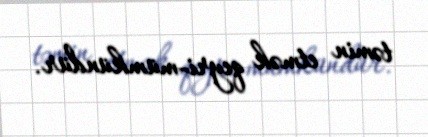
təmin etmək qeyri-mümkündür.